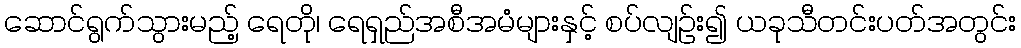
ဆောင်ရွက်သွားမည့် ရေတို၊ ရေရှည်အစီအမံများနှင့် စပ်လျဉ်း၍ ယခုသီတင်းပတ်အတွင်း